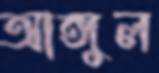
আঙ্গুল